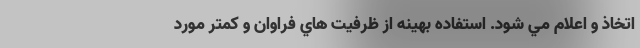
اتخاذ و اعلام مي شود. استفاده بهينه از ظرفيت هاي فراوان و كمتر مورد